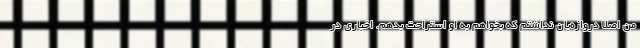
من اصلاً دروازه‌بان نداشتم که بخواهم به او استراحت بدهم. اخباری در